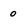
Character: 0